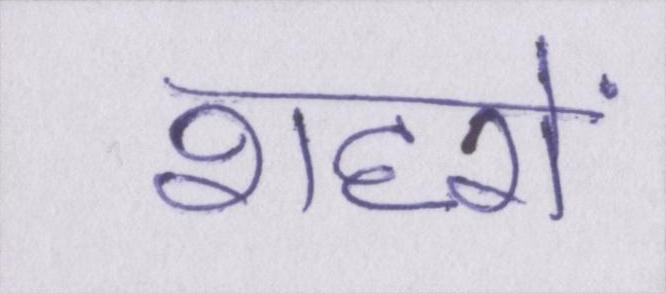
शहरों